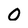
Character: 0